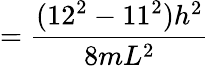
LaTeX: ={\frac{(12^{2}-11^{2})h^{2}}{8mL^{2}}}